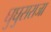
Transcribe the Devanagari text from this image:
घुघुसराजा